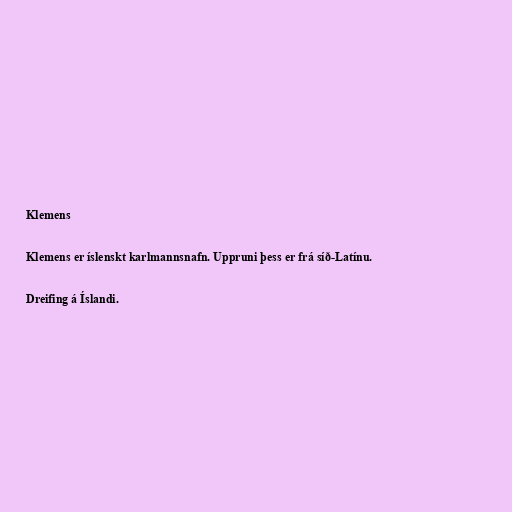
Klemens

Klemens er íslenskt karlmannsnafn. Uppruni þess er frá síð-Latínu.

Dreifing á Íslandi.